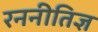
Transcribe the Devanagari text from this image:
रननीतिज्ञ